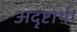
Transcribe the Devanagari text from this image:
अदृष्टार्थ।